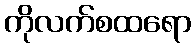
ကိုလက်စထရော